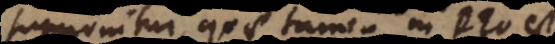
supponitur, quae tamen in Deo est